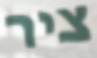
ציר